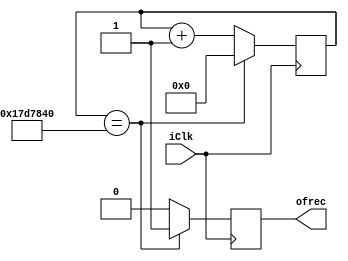
module FD(
	input iClk,
	output ofrec
);

reg rDiv_D;
reg rDiv_Q;

reg [25:0] rCount_D;
reg [25:0] rCount_Q;

assign ofrec = rDiv_Q;

always @(posedge iClk)
begin
	rDiv_Q <= rDiv_D;
	rCount_Q <= rCount_D;
end

always @ *
begin
	if (rCount_Q == 26'd25000000)
	begin
		rDiv_D = 1'b1;
		rCount_D = 26'd0;
	end
	else
	begin
		rDiv_D = 1'b0;
		rCount_D = rCount_Q + 1'd1;

	end
end

endmodule



//module FD(
//	input iClk,
//	output ofrec
//	);
//	
//	reg [25:0] rContador_D;
//	reg [25:0] rContador_Q;
//	
//	reg rSignal_D;
//	reg rSignal_Q;
//	
//	assign ofrec = rSignal_Q;
//	
//	always @(posedge iClk)
//	begin
//		rSignal_Q <= rSignal_D;
//		rContador_Q <= rContador_D;
//	end
//	
//	always @*
//	begin
//		rContador_D = rContador_Q + 1'b1;
//	if(rContador_Q == 26'd25_000_000)
//	begin
//		rSignal_D = ~rSignal_Q;
//		rContador_D = 26'd0;
//	end
//	else
//	begin
//		rContador_D = rContador_Q + 1'b1;
//	end
//end
//
//endmodule